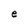
Character: e